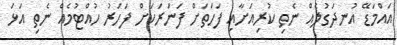
އައްމަޑޭ އުނދަގުލެއް ނެތި ކުރިއަށާއި ފަހަތަށް ފަނަރަކަށް ފަހަރު ހުއްޓުމެއް ނެތި އަޅަ